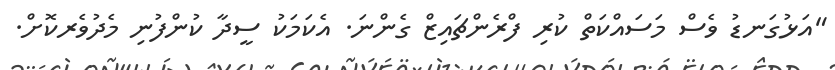
"އަޅުގަނޑު ވެސް މަސައްކަތް ކުރި ފްރެންޗައިޒް ގެންނަ. އެކަމަކު ސީދާ ކުންފުނި މެދުވެރކޮށް.